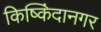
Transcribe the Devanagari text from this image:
किष्किंदानगर